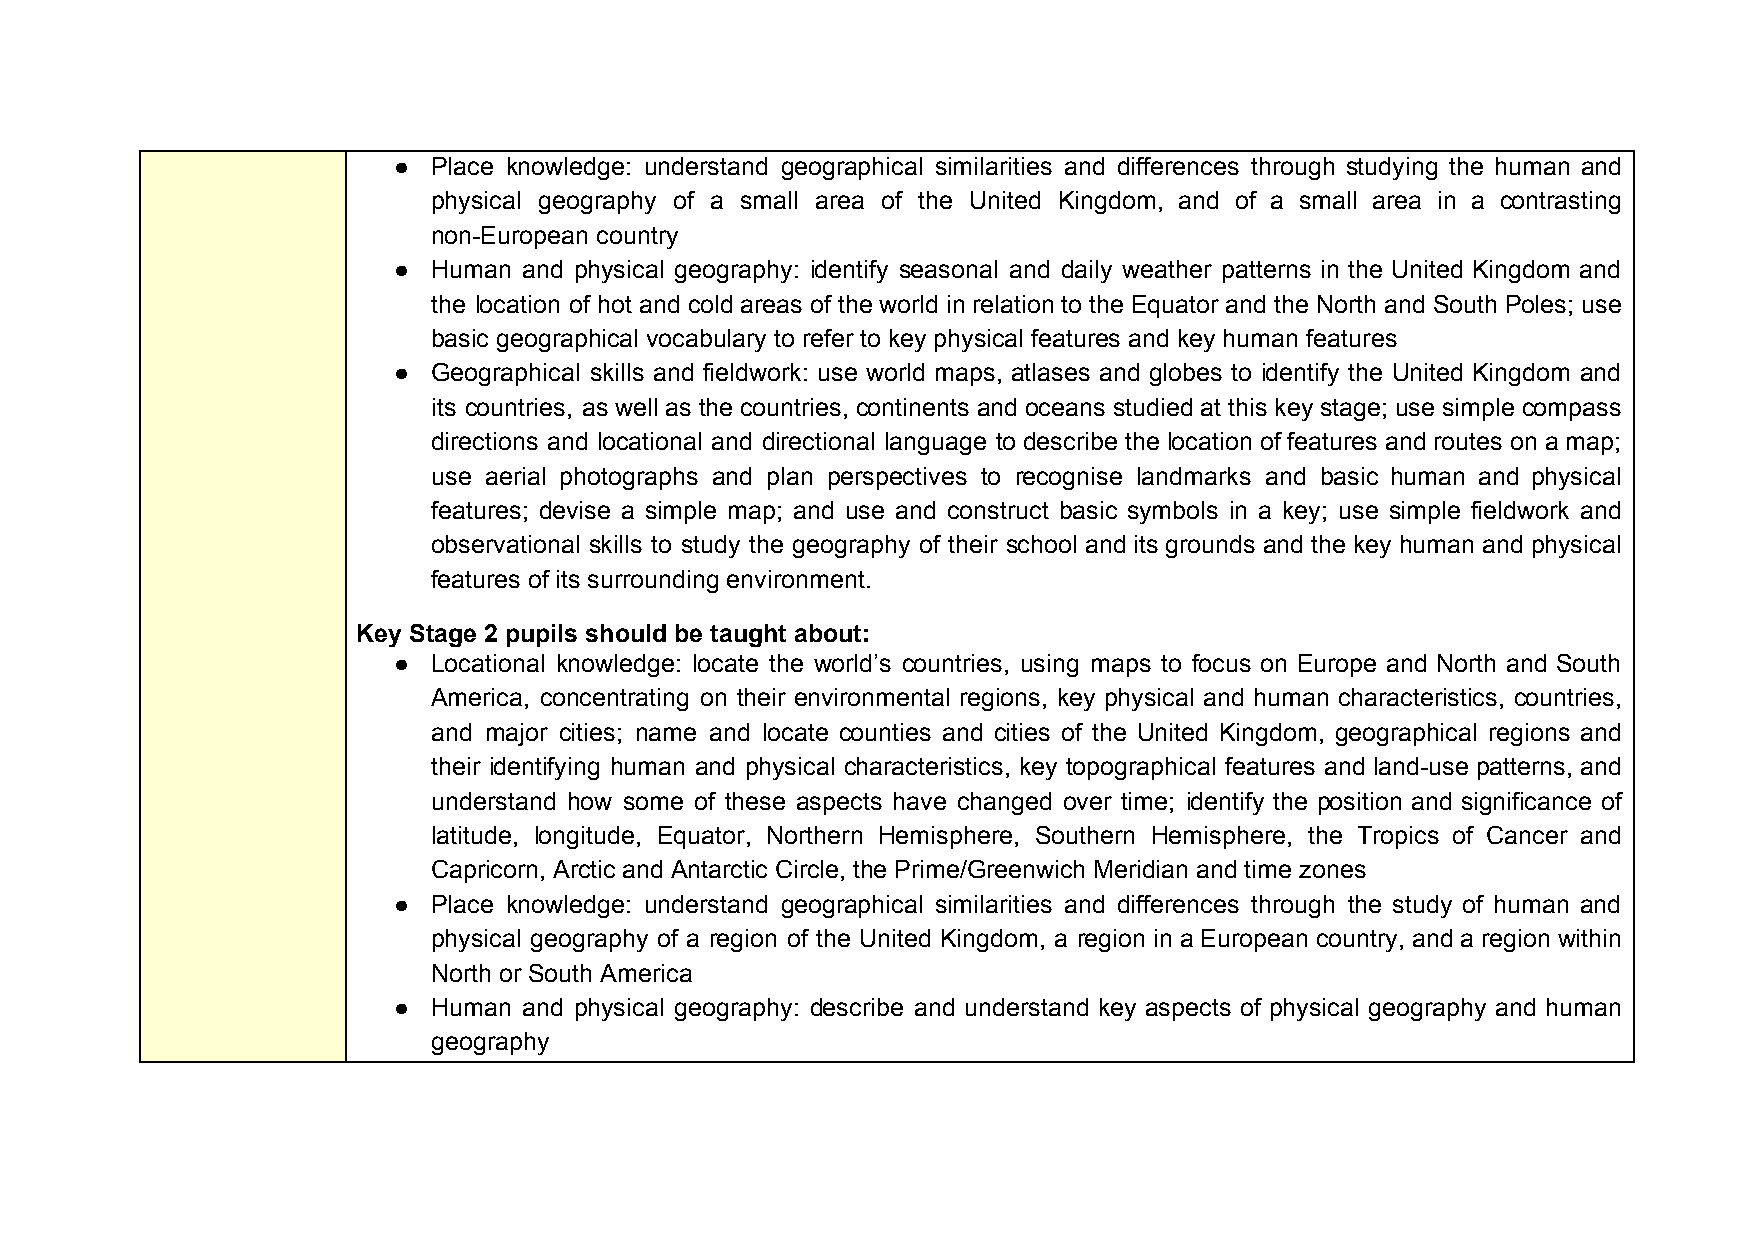
●  Place knowledge: understand geographical similarities and differences through studying the human and
 physical geography of a small area of the United Kingdom, and of a small area in a contrasting
 non-European country
 ●  Human and physical geography: identify seasonal and daily weather patterns in the United Kingdom and
 the location of hot and cold areas of the world in relation to the Equator and the North and South Poles; use
 basic geographical vocabulary to refer to key physical features and key human features
 ●  Geographical skills and fieldwork: use world maps, atlases and globes to identify the United Kingdom and
 its countries, as well as the countries, continents and oceans studied at this key stage; use simple compass
 directions and locational and directional language to describe the location of features and routes on a map;
 use aerial photographs and plan perspectives to recognise landmarks and basic human and physical
 features; devise a simple map; and use and construct basic symbols in a key; use simple fieldwork and
 observational skills to study the geography of their school and its grounds and the key human and physical
 features of its surrounding environment.
 Key Stage 2 pupils should be taught about:
 ●  Locational knowledge: locate the world’s countries, using maps to focus on Europe and North and South
 America, concentrating on their environmental regions, key physical and human characteristics, countries,
 and major cities; name and locate counties and cities of the United Kingdom, geographical regions and
 their identifying human and physical characteristics, key topographical features and land-use patterns, and
 understand how some of these aspects have changed over time; identify the position and significance of
 latitude, longitude, Equator, Northern Hemisphere, Southern Hemisphere, the Tropics of Cancer and
 Capricorn, Arctic and Antarctic Circle, the Prime/Greenwich Meridian and time zones
 ●  Place knowledge: understand geographical similarities and differences through the study of human and
 physical geography of a region of the United Kingdom, a region in a European country, and a region within
 North or South America
 ●  Human and physical geography: describe and understand key aspects of physical geography and human
 geography